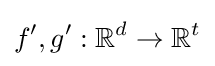
f',g':\mathbb {R} ^{d}\to \mathbb {R} ^{t}